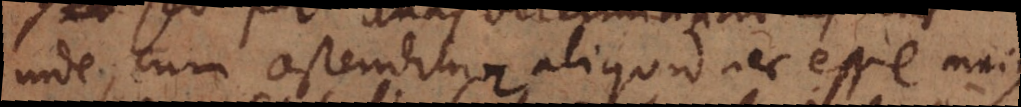
inde, cum ostenditur aliquid nec esse majus